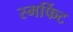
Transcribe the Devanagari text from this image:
स्मर्फिट